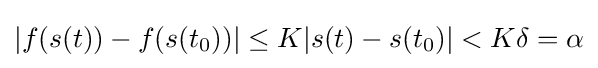
|f(s(t))-f(s(t_{0}))|\leq K|s(t)-s(t_{0})|<K\delta =\alpha